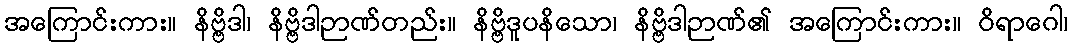
အကြောင်းကား။ နိဗ္ဗိဒါ၊ နိဗ္ဗိဒါဉာဏ်တည်း။ နိဗ္ဗိဒူပနိသော၊ နိဗ္ဗိဒါဉာဏ်၏ အကြောင်းကား။ ဝိရာဂေါ၊